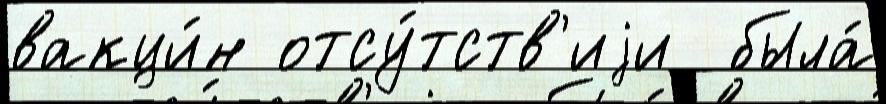
вакци́н отсу́тств'иjи  была́